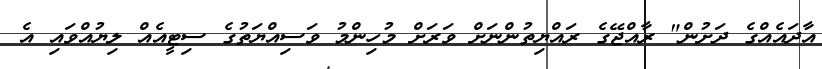
އާދައެއްގެ ދަށުން" ރާއްޖޭގެ ރައްޔިތުންނަށް ވަރަށް މުހިންމު ވަސިއްޔަތުގެ ސިޓީއެއް ލިޔުއްވައި އެ